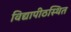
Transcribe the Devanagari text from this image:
विद्यापीठस्थित